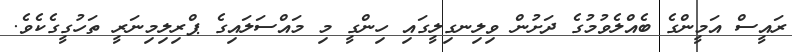
ރައީސް އަމީންގެ ބެއްލެވުމުގެ ދަށުން ވިލިނގިލީގައި ހިންގީ މި މައްސަލައިގެ ޕްރިލިމިނަރީ ތަހުގީގެކެވެ.